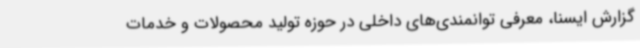
گزارش ایسنا، معرفی توانمندی‌های داخلی در حوزه تولید محصولات و خدمات